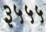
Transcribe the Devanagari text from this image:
३५५५